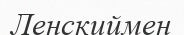
Ленскиймен